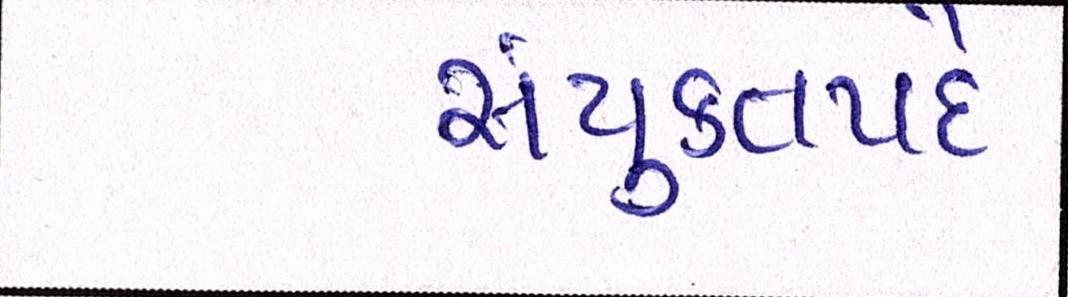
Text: સંયુક્તપદે